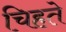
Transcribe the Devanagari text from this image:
चिहते